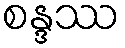
စန္ဒဿ